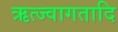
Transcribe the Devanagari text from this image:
ऋत्ज्वागतादि